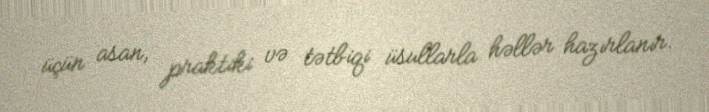
üçün asan, praktiki və tətbiqi üsullarla həllər hazırlanır.